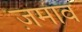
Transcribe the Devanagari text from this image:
ज़माव